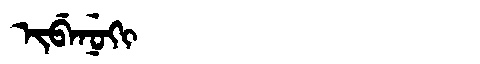
Manchu: ᡳᠪᡝᠨᡠᡴᡳ
Romanization: IBENUKI